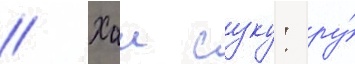
// Хаи суку: ру́